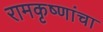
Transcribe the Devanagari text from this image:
रामकृष्णांचा